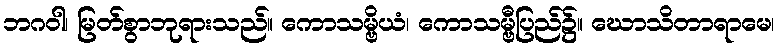
ဘဂဝါ၊ မြတ်စွာဘုရားသည်။ ကောသမ္ဗိယံ၊ ကောသမ္ဗီပြည်၌။ ဃောသိတာရာမေ၊